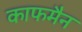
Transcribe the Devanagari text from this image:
काफमैन